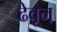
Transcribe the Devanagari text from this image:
ढेवून